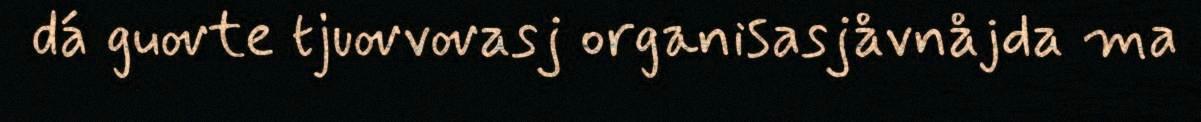
dá guovte tjuovvovasj organisasjåvnåjda ma